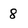
Character: 8